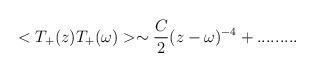
\begin{align*}< T_+(z)T_+(\omega)>\sim \frac{C}{2}(z-\omega)^{-4}+.........\end{align*}